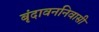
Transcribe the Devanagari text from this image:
बृंदावननिवासी